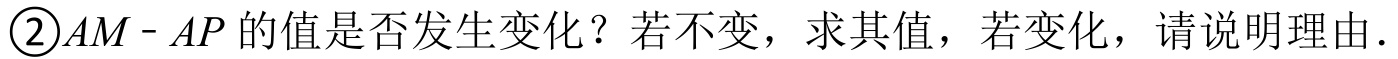
\textcircled{2}$AM - AP$的值是否发生变化？若不变，求其值，若变化，请说明理由.